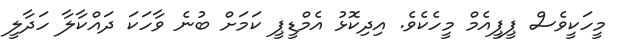
މީހަކީވެސް ޕީޕީއެމް މީހެކެވެ. އިދިކޮޅު އެމްޑީޕީ ކަމަށް ބުނެ ވާހަކަ ދައްކާލާ ހަދާލީ